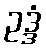
ဥဒ္ဒံ